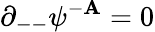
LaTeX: \partial_{--}\psi^{-{\cal\mathbf{A}}}=0